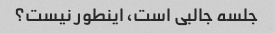
جلسه جالبی است، اینطور نیست؟